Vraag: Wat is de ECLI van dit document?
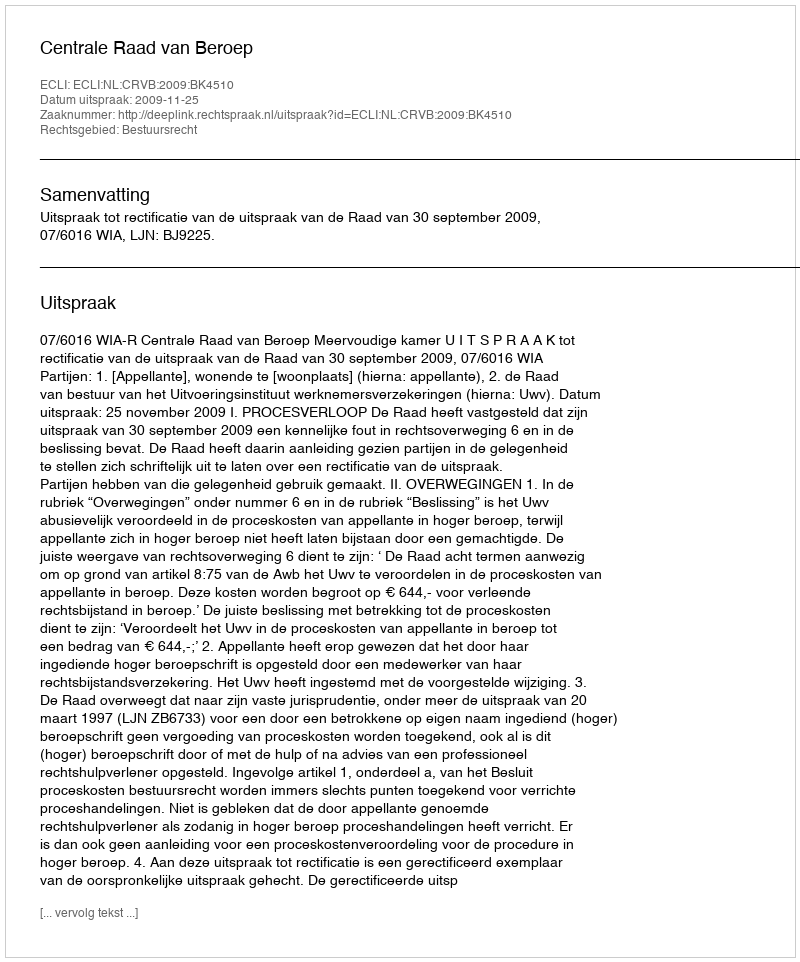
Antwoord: ECLI:NL:CRVB:2009:BK4510